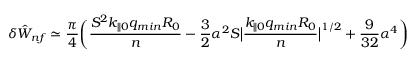
\delta { \hat { W } } _ { n f } \simeq \frac { \pi } { 4 } \bigg ( \frac { S ^ { 2 } k _ { \parallel 0 } q _ { m i n } R _ { 0 } } { n } - \frac { 3 } { 2 } \alpha ^ { 2 } S \big | \frac { k _ { \parallel 0 } q _ { m i n } R _ { 0 } } { n } \big | ^ { 1 / 2 } + \frac { 9 } { 3 2 } \alpha ^ { 4 } \bigg )